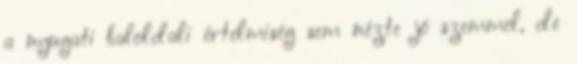
a nyugati baloldali értelmiség sem nézte jó szemmel, de